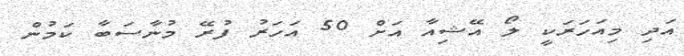
އަދި މިއަހަރަކީ ލޯ އޭޝިއާ އަށް 50 އަހަރު ފުރޭ މުނާސަބާ ކަމުން